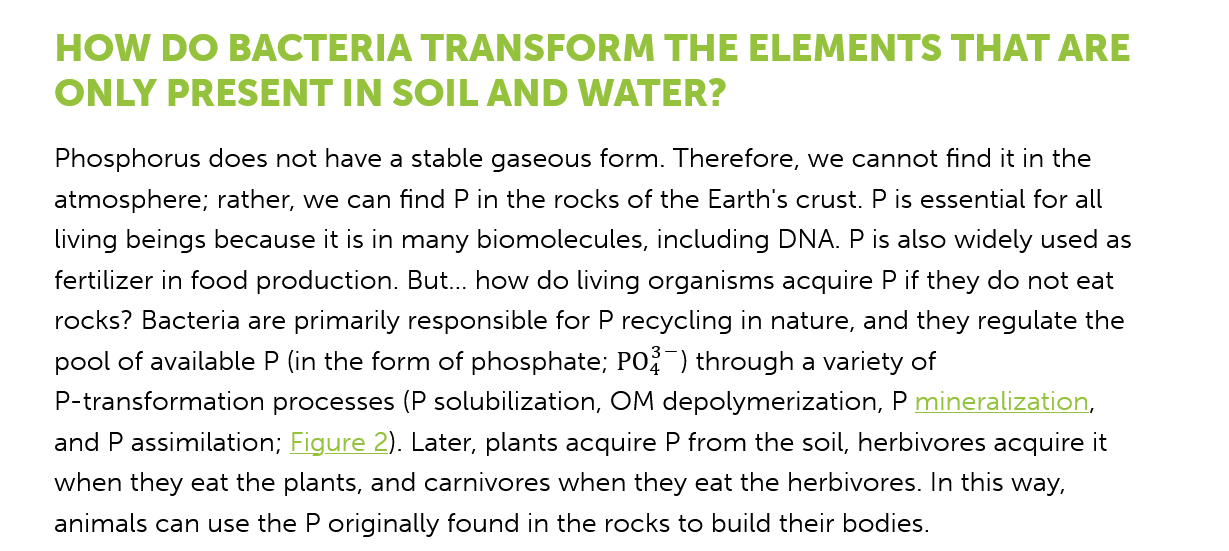
HOW    DO   BACTERIA    TRANSFORM    THE    ELEMENTS    THAT    ARE
     ONLY PRESENT    IN    SOIL   AND    WATER?
     Phosphorus does not have a stable gaseous form. Therefore, we cannot find it in the
     atmosphere; rather, we can find P in the rocks of the Earth's crust. P is essential for all
     living beings because it is in many biomolecules, including DNA.
     P
     is also widely used as
     fertilizer in food production. But... how do living organisms acquire P if they do not eat
     rocks? Bacteria are primarily responsible for P recycling in nature, and they regulate the
     pool of available P (in the form of phosphate; PO? ) through a variety of
     P-transformation processes (P solubilization, OM depolymerization, P mineralization,
     and P assimilation; Figure 2). Later, plants acquire P from the soil, herbivores acquire it
     when they eat the plants, and carnivores when they eat the herbivores. In this way,
     animals can use the
    P
     originally found in the rocks to build their bodies.